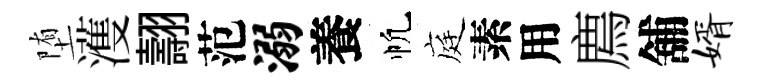
堕濩翿范溺養帆庭素用廌舖婿